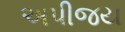
અપીજય